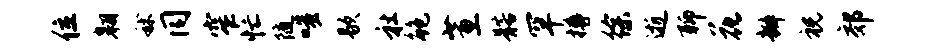
位翱秫同窄忙随嗤歇社鲍蕙髂罕樽徐逝聊花瓣祝郊